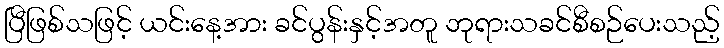
ပြီဖြစ်သဖြင့် ယင်းနေ့အား ခင်ပွန်းနှင့်အတူ ဘုရားသခင်စီစဉ်ပေးသည့်